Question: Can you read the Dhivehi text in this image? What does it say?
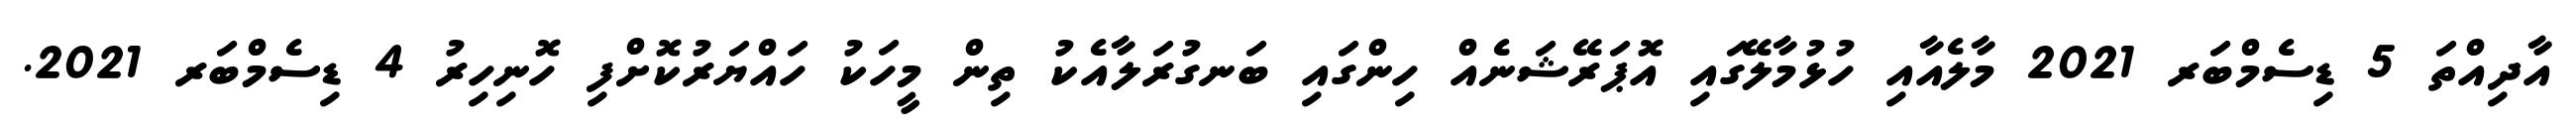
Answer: އާދިއްތަ 5 ޑިސެމްބަރ 2021 މާލެއާއި ހުޅުމާލޭގައި އޮޕަރޭޝަނެއް ހިންގައި ބަނގުރަލާއެކު ތިން މީހަކު ހައްޔަރުކޮށްފި ހޮނިހިރު 4 ޑިސެމްބަރ 2021.